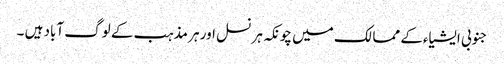
جنوبی ایشیاءکے ممالک میں چونکہ ہر نسل اور ہر مذہب کے لوگ آباد ہیں ۔